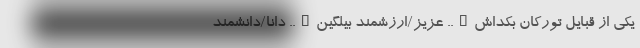
یکی از قبایل تورکان بکداش….. عزیز/ارزشمند بیلگین….. دانا/دانشمند